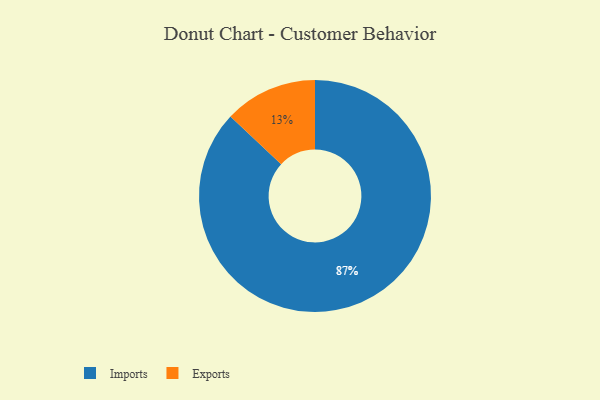
{"axis": {"x": "Category", "y": "Percentage"}, "legend": ["Exports", "Imports"], "data": [{"x": "Exports", "y": 13, "type": "Exports"}, {"x": "Imports", "y": 87, "type": "Imports"}]}